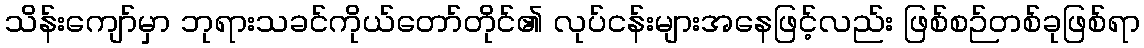
သိန်းကျော်မှာ ဘုရားသခင်ကိုယ်တော်တိုင်၏ လုပ်ငန်းများအနေဖြင့်လည်း ဖြစ်စဉ်တစ်ခုဖြစ်ရာ